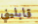
قابليني